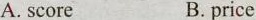
A. score B. price